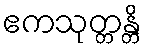
ဧကသုတ္တန္တိ